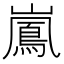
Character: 𮱱